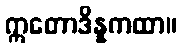
ဣတောဒိန္နကထာ။